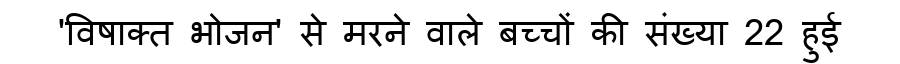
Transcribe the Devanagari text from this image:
'विषाक्त भोजन' से मरने वाले बच्चों की संख्या 22 हुई